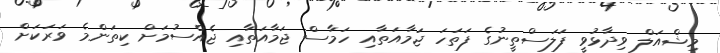
މިޝްއަލް ވިދާޅުވީ ފަލަސްތީނުގެ ފަތަހަ ޖަމާއަތާއި ހަމާސް ޖަމާއަތާއި ޖެއްސުމަށް ކިތަންމެ ވަރަކަށް